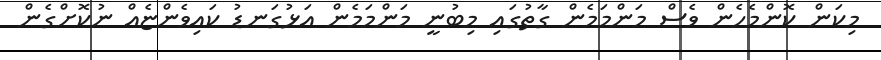
މިކަން ކޮންމެހެން ވެސް މަންމަމެން ގާތުގައި މިބުނީ މަންމަމެން އަޅުގަނޑު ކައިވެންޏެއް ނުކޮށްގެން